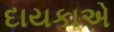
દાયકાએ